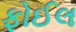
ફોઈલ